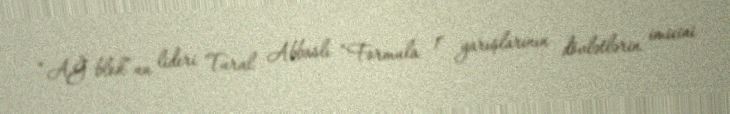
“AĞ blok”un lideri Tural Abbaslı “Formula 1" yarışlarının dövlətlərin imicini